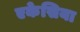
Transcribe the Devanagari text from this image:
एकेसिया